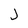
Character: j